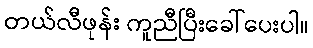
တယ်လီဖုန်း ကူညီပြီးခေါ်ပေးပါ။